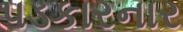
પડકારનાર